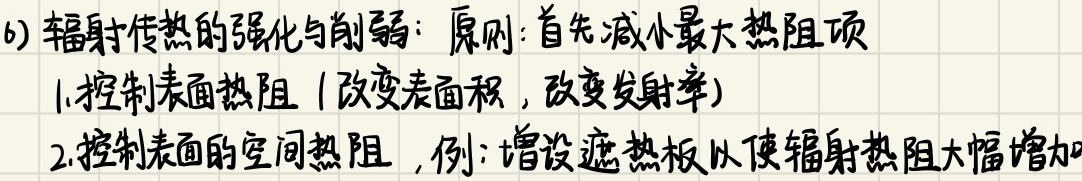
6) 辐射传热的强化与削弱：原则：首先减小最大热阻项
1. 控制表面热阻（改变表面积，改变发射率）
2. 控制表面的空间热阻，例：增设遮热板以使辐射热阻大幅增加